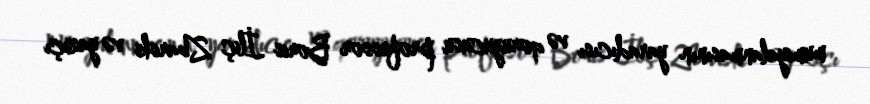
mumiyalanmasının yaradıcısı və qoruyucusu professor Boris İliç Zbarski və yazıçı